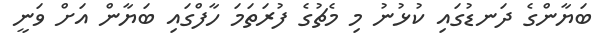
ބަޔާންގެ ދަނޑުގައި ކުޅުނު މި މެޗުގެ ފުރަތަމަ ހާފްގައި ބަޔާން އަށް ވަނީ